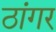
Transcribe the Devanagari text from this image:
ठांगर